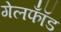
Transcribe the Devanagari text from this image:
गेलफॉँड